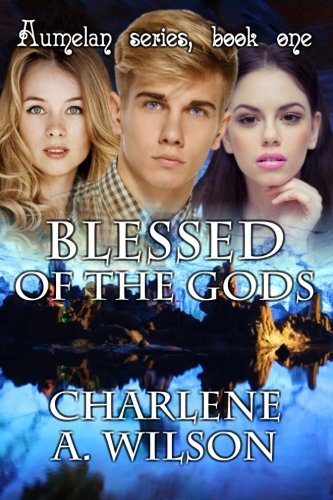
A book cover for Aumelan (Volume 1); Charlene A. Wilson; Romance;